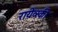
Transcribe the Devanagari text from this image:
रायेव्स्की